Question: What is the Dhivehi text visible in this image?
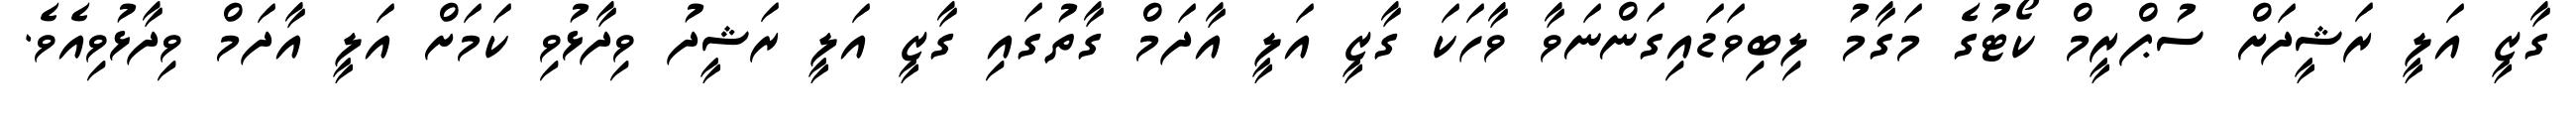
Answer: ގާޒީ އަލީ ރަޝީދަށް ސުޕްރީމް ކޯޓުގެ މަގާމު ލިބިވަޑައިގަންނަވާ ވާހަކަ ގާޒީ އަލީ އާދަމް ގާތުގައި ގާޒީ އަލީ ރަޝީދު ވިދާޅުވި ކަމަށް އަލީ އާދަމް ވިދާޅުވިއެވެ.